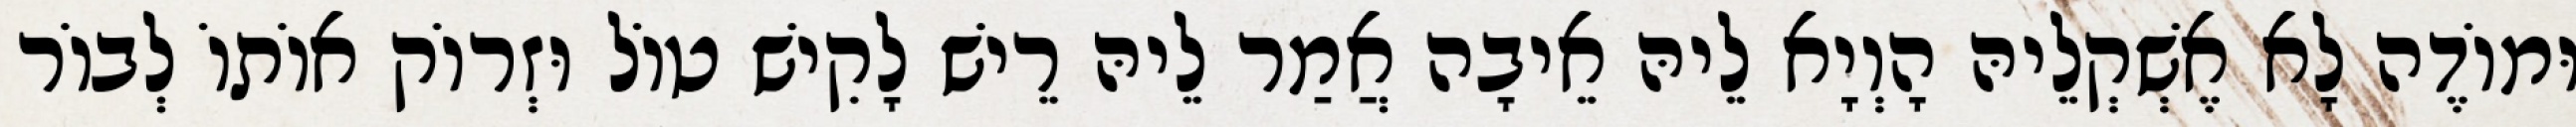
וּמוֹדֶה לָא אֶשְׁקְלֵיהּ הָוְיָא לֵיהּ אֵיבָה אֲמַר לֵיהּ רֵישׁ לָקִישׁ טוֹל וּזְרוֹק אוֹתוֹ לְבוֹר